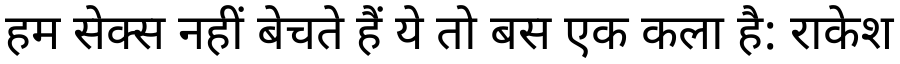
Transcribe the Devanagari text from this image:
हम सेक्स नहीं बेचते हैं ये तो बस एक कला है: राकेश